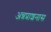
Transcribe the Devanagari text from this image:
अन्नप्राशनास